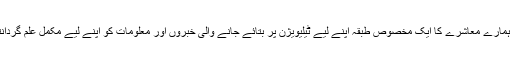
جبکہ ہمارے معاشرے کا ایک مخصوص طبقہ اپنے لیے ٹیلیویژن پر بتائے جانے والی خبروں اور معلومات کو اپنے لیے مکمل علم گردانتا ہے۔